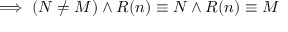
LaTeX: \implies ( N \neq M ) \land R ( n ) \equiv N \land R ( n ) \equiv M